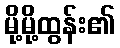
မို့မို့ထွန်း၏